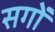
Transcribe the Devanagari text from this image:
सगों